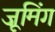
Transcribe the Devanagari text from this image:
ज़ूमिंग